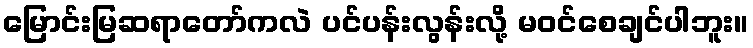
မြောင်းမြဆရာတော်ကလဲ ပင်ပန်းလွန်းလို့ မဝင်စေချင်ပါဘူး။